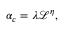
\begin{array} { r } { \alpha _ { c } = \lambda \mathcal { L } ^ { \eta } , } \end{array}